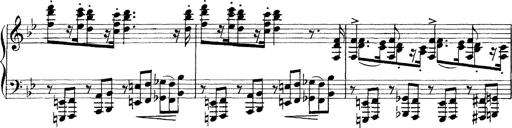
Title: Scherzo und Marsch
Composer: Franz Liszt